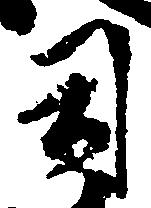
司